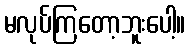
မလုပ်ကြတော့ဘူးပေါ့။